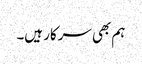
ہم بھی سرکار ہیں۔